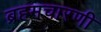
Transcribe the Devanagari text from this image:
ब्रहमचारणी